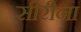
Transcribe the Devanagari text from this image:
सीरीना